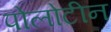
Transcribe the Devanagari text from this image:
पोलोटीन